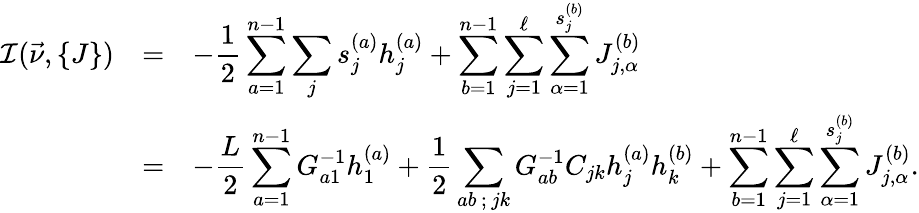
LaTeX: \begin{array}{ccl}{{{\cal I}(\vec{\nu},\{ J\} )}}&{{=}}&{{\displaystyle-{\frac{1}{2}}\sum_{a=1}^{n-1}\sum_{j}s_{j}^{(a)}h_{j}^{(a)}+\sum_{b=1}^{n-1}\sum_{j=1}^{\ell}\sum_{\alpha=1}^{s_{j}^{(b)}}J_{j,\alpha}^{(b)}}}\\ {{}}&{{=}}&{{\displaystyle-{\frac{L}{2}}\sum_{a=1}^{n-1}G_{a1}^{-1}h_{1}^{(a)}+{\frac{1}{2}}\sum_{ab\, ;\, jk}G_{ab}^{-1}C_{jk}h_{j}^{(a)}h_{k}^{(b)}+\sum_{b=1}^{n-1}\sum_{j=1}^{\ell}\sum_{\alpha=1}^{s_{j}^{(b)}}J_{j,\alpha}^{(b)}.}}\end{array}